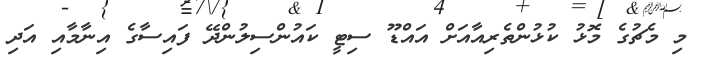
މި މެޗުގެ މޮޅު ކުޅުންތެރިއާއަށް އައްޑޫ ސިޓީ ކައުންސިލުންދޭ ފައިސާގެ އިނާމާއި އަދި